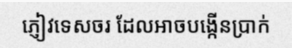
ភ្ញៀវទេសចរ ដែលអាចបង្កើនប្រាក់